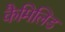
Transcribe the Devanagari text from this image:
कैमिलिड